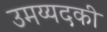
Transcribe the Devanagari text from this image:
उमय्यदकी